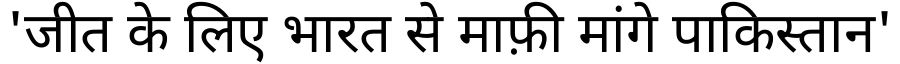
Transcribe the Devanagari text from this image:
'जीत के लिए भारत से माफ़ी मांगे पाकिस्तान'